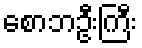
စောဘဦးကြီး